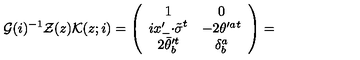
{ \cal G } ( i ) ^ { - 1 } { \cal Z } ( z ) { \cal K } ( z ; i ) = \left( \begin{array} { c c } { 1 } & { 0 } \\ { i x _ { - } ^ { \prime } { \cdot \tilde { \sigma } } ^ { t } } & { - 2 \theta ^ { \prime a } { } ^ { t } } \\ { 2 \bar { \theta } _ { b } ^ { \prime t } } & { \delta _ { b } ^ { a } } \\ \end{array} \right) =